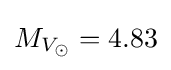
M_{V_{\odot }}=4.83